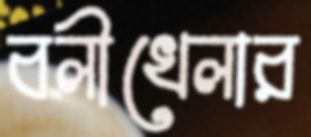
বলীখেলার